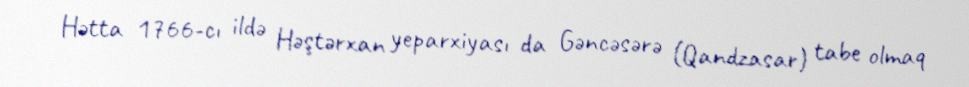
Hətta 1766-cı ildə Həştərxan yeparxiyası da Gəncəsərə (Qandzasar) tabe olmaq